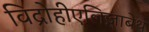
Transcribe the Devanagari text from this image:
विद्रोहीएलिज़ाबेथ